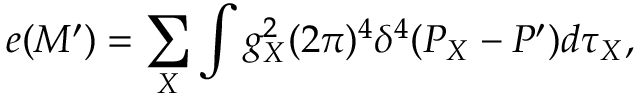
e ( M ^ { \prime } ) = \sum _ { X } \int g _ { X } ^ { 2 } ( 2 \pi ) ^ { 4 } \delta ^ { 4 } ( P _ { X } - P ^ { \prime } ) d \tau _ { X } , \,